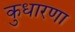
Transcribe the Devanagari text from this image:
कुधारणा